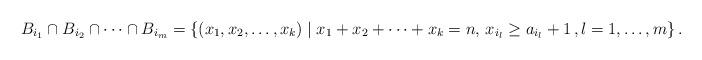
LaTeX: \begin{align*}B_{i_1} \cap B_{i_2} \cap \dots \cap B_{i_m} &= \lbrace (x_{1} , x_{2} , \dots , x_{k}) \mid x_{1} + x_{2} + \dots + x_{k} = n,\, x_{i_l} \geq a_{i_l} + 1\, , l = 1, \dots, m \rbrace \,.\end{align*}